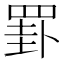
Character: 罫